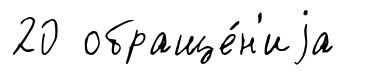
20 обраще́н'иjа